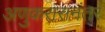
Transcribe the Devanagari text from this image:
अणुकरारानंतर